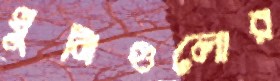
খুনিগুলোর